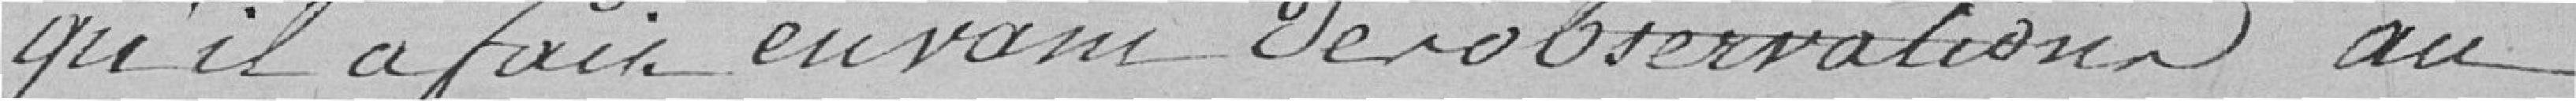
qu'il a fait en vain des observations au